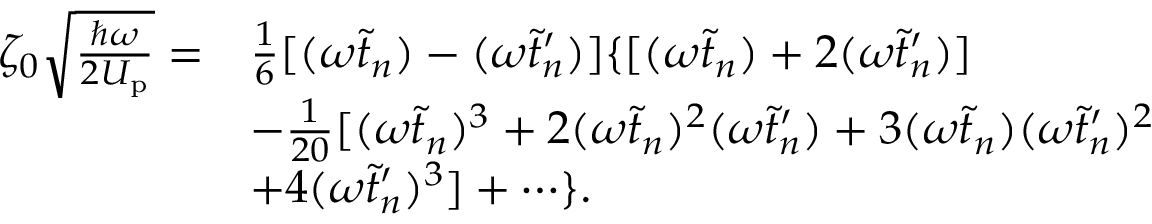
\begin{array} { r l } { \zeta _ { 0 } \sqrt { \frac { \hbar \omega } { 2 U _ { \mathrm { p } } } } = } & { \frac { 1 } { 6 } [ ( \omega \tilde { t } _ { n } ) - ( \omega \tilde { t } _ { n } ^ { \prime } ) ] \{ [ ( \omega \tilde { t } _ { n } ) + 2 ( \omega \tilde { t } _ { n } ^ { \prime } ) ] } \\ & { - \frac { 1 } { 2 0 } [ ( \omega \tilde { t } _ { n } ) ^ { 3 } + 2 ( \omega \tilde { t } _ { n } ) ^ { 2 } ( \omega \tilde { t } _ { n } ^ { \prime } ) + 3 ( \omega \tilde { t } _ { n } ) ( \omega \tilde { t } _ { n } ^ { \prime } ) ^ { 2 } } \\ & { + 4 ( \omega \tilde { t } _ { n } ^ { \prime } ) ^ { 3 } ] + \cdots \} . } \end{array}